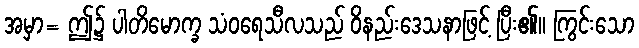
အမှာ= ဤ၌ ပါတိမောက္ခ သံဝရေသီလသည် ဝိနည်းဒေသနာဖြင့် ပြီး၏။ ကြွင်းသော